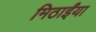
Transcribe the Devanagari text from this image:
मिठाईंया